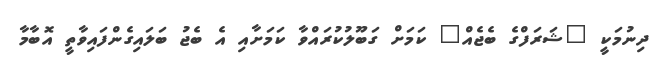
ދިނުމަކީ "ޝަރަފްގެ ބެޖެއް" ކަމަށް ގަބޫލުކުރައްވާ ކަމަށާއި އެ ބެޖު ބަލައިގެންފައިވާތީ އޮބާމާ